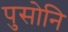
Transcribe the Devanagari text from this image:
पुसोनि